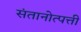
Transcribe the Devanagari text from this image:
संतानोत्पत्ती